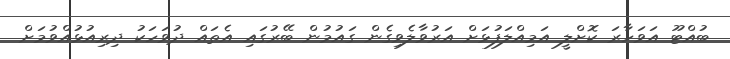
ބުއްޓޫ އަވަހާރަ ކޮށްލީ އަމިއްލަފުޅަށް އަރުވާލެވިގެން ގައުމުން ބޭރުގައި އެތައް ދުވަހަކު ދިރިއުޅުއްވުމަށް